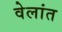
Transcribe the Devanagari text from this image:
वेलांत